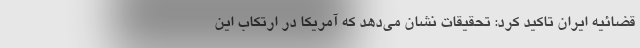
قضائیه ایران تاکید کرد: تحقیقات نشان می‌دهد که آمریکا در ارتکاب این